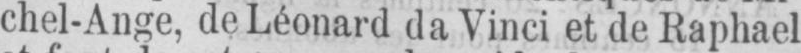
chel-Ange, de Léonard da Vinci et de Raphael